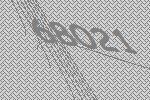
68021